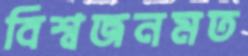
বিশ্বজনমত